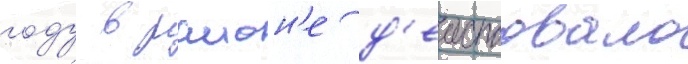
году в раион'е д'еиствовало